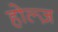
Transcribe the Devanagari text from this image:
होल्ज़